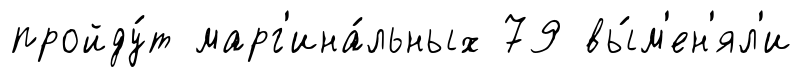
пройду́т марг'ина́льных 79 вы́м'ен'ял'и